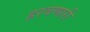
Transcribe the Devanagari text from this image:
हरवणारी